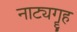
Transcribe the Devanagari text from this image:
नाट्यगॄह